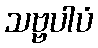
သဗ္ဗပါပံ